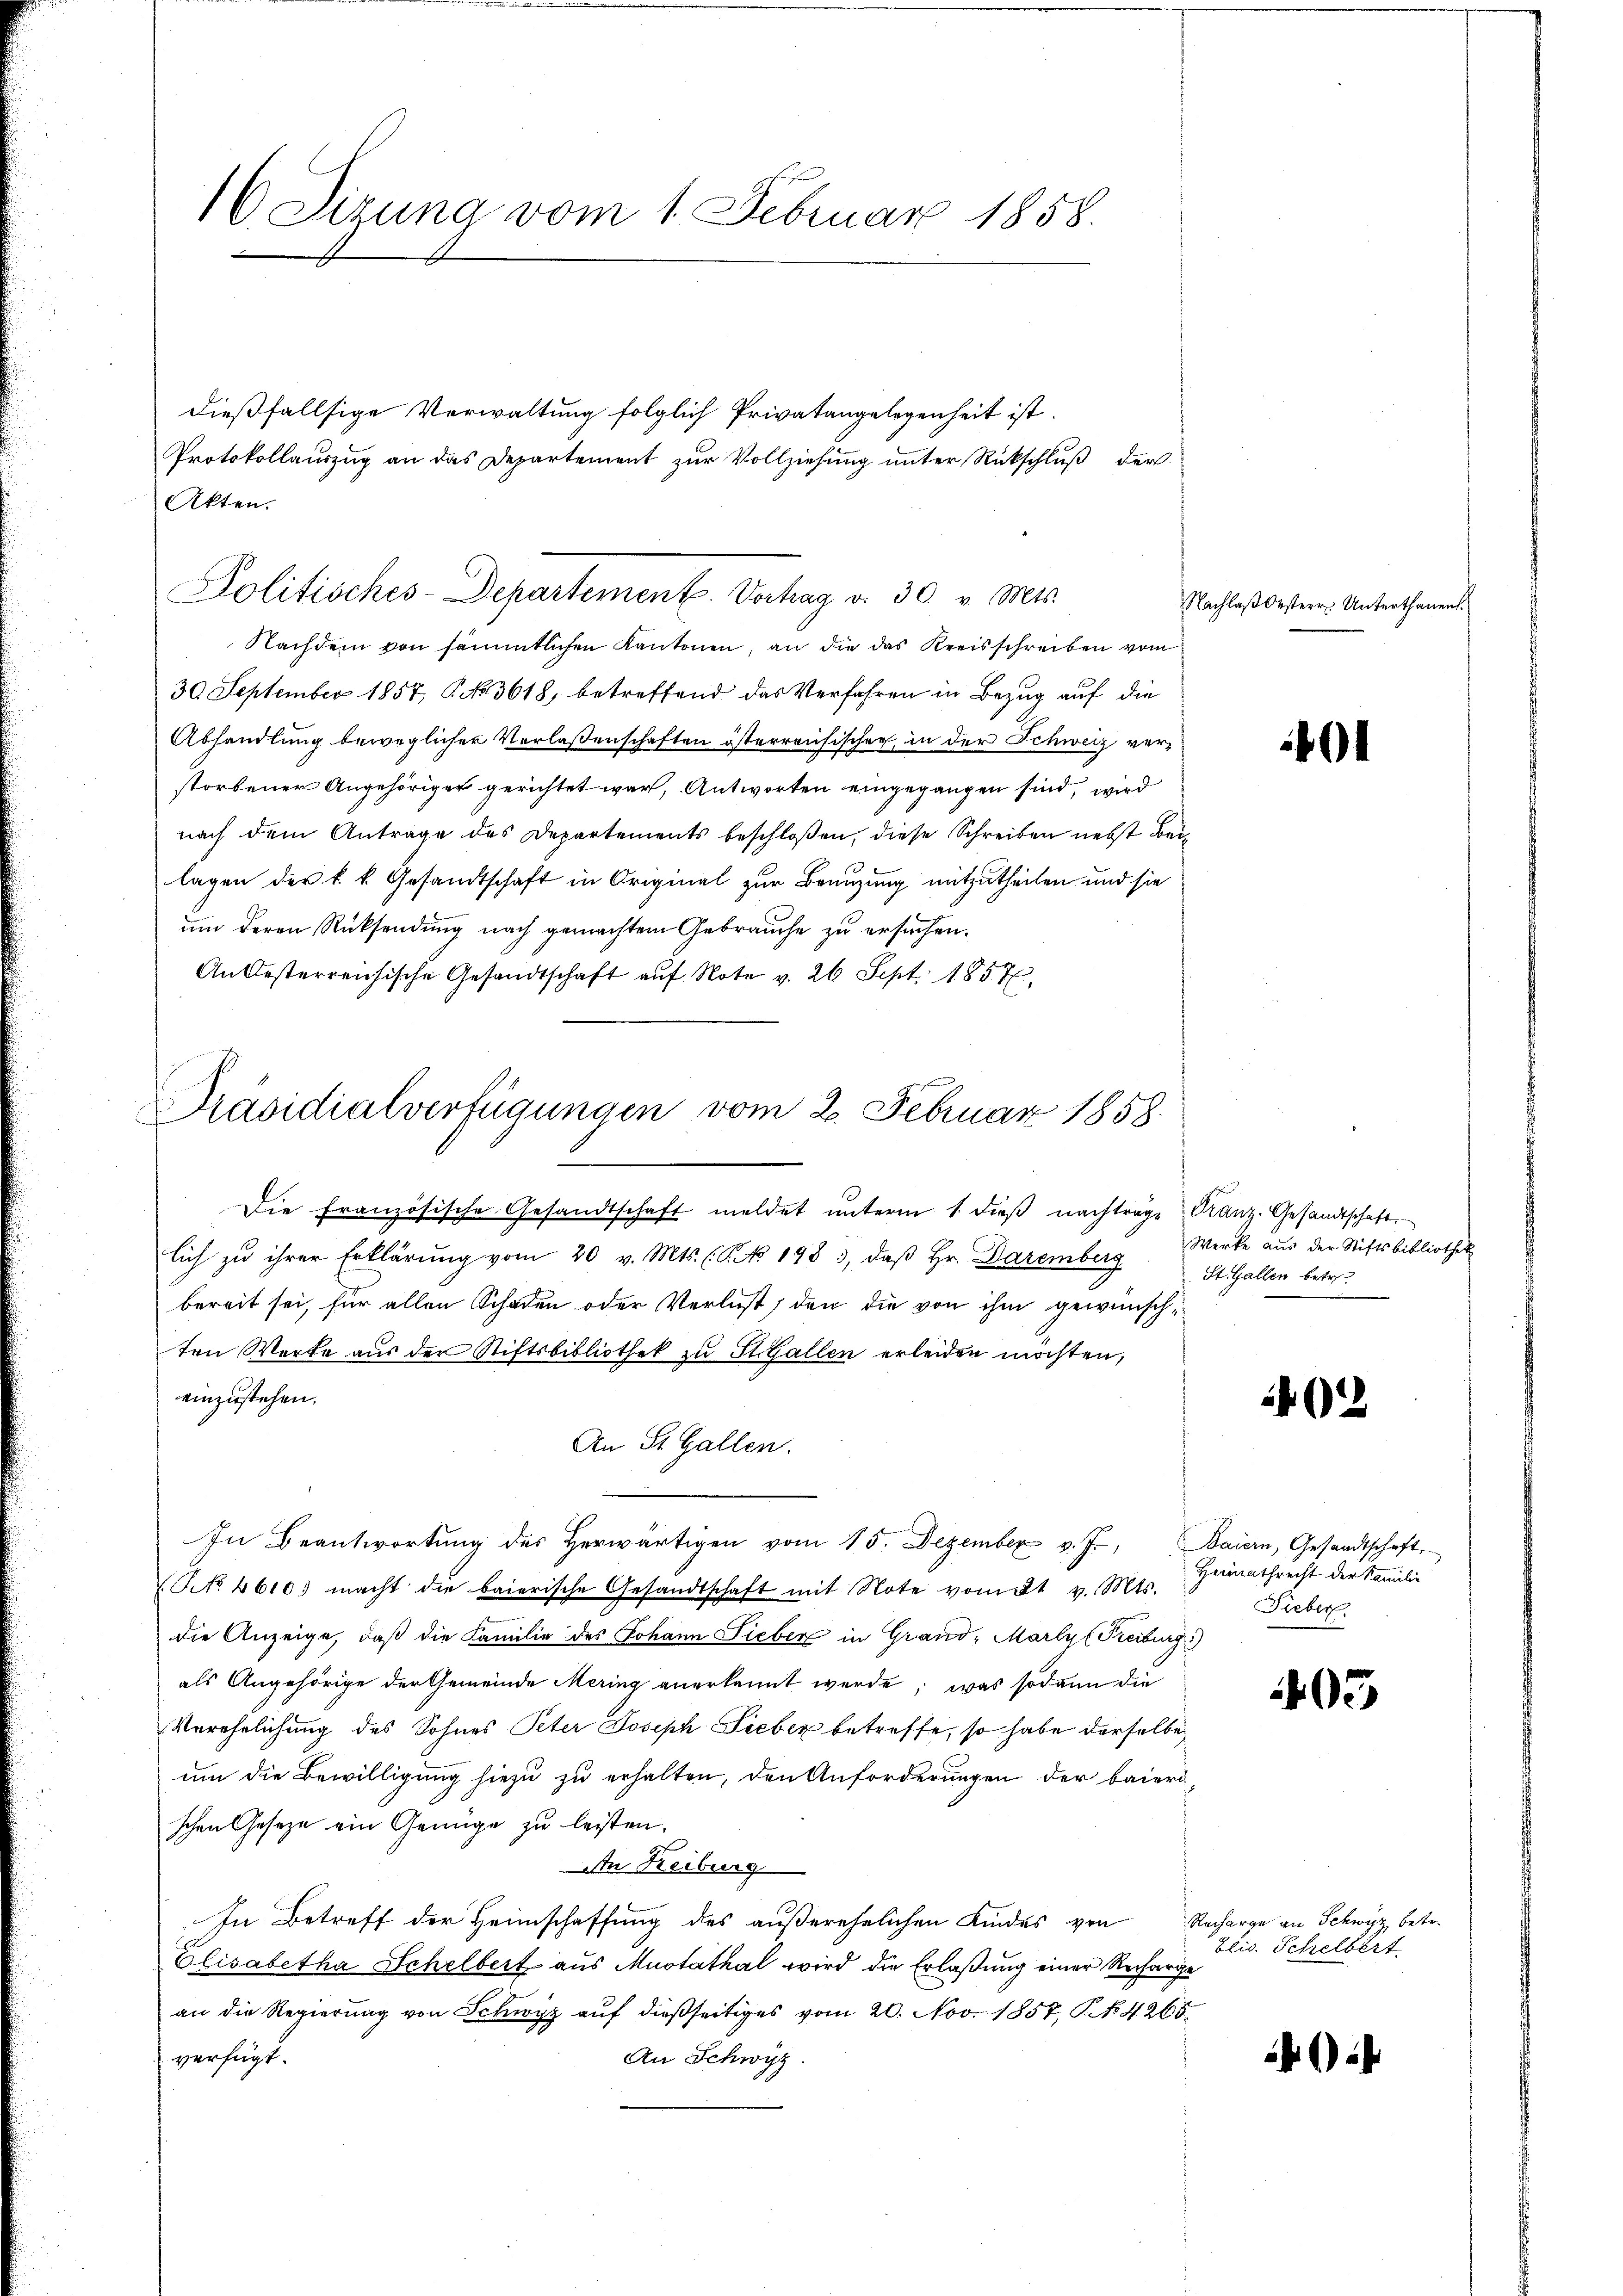
16 Sizung vom 1. Februar 1858.

Nachdem von sämmtlichen Kantonen, an die das Kreisschreiben vom
30 September 1857, No 3618, betreffend das Verfahren in Bezug auf die
Abhandlung beweglicher Verlassenschaften österreichischer, in der Schweiz verstorbener Angehöriger gerichtet war, Antworten eingegangen sind, wird
nach dem Antrage des Departements beschloßen, diese Schreiben nebst Beilagen der k. k. Gesandtschaft in Original zur Branzung mitzutheilen und sie
um deren Rücksendung nach gemachtem Gebrauche zu ersuchen.
An Oesterreichische Gesandtschaft aŭf Note v. 26 Sept. 1857

dießfallsige Verwaltung folglich Privatangelegenheit ist.
Protokollauszug an das Departement zur Vollziehung unter Rückschluß der
Akten.

Politisches-Departement. Vortrag v. 30. v. Mts.

Präsidialverfügungen vom 2. Februar 1858.

Die Französische Gesandtschaft meldet ŭnterm 1. dieβ nachträge Kranz. Gesandtschaft.
lich zu ihrer Erklärung vom 20 v. Mts. (C. No. 198, daβ hr. Daremberg
bereit sei, für allen Schaden oder Verlust, den die von ihm gewünsch-
ten Werke aus der Stiftsbibliothek zu St. Gallen erleiden möchten,
einzustehen.
An St. Gallen.
In Beantwortŭng des herwärtigen vom 15. Dezember v. J. Baiern, Gesandtschaft
NNo. 4610. macht die baierische Gesandtschaft mit Note vom 21. v. Mts.
die Anzeige, daß die Familie des Johann Sieber in Grand, Marty (Freiburg)
als Angehörige der Gemeinde Mering anerkannt werde; was sodann die
Verehelichung des Sohnes Peter Joseph Sieber betreffe, so habe derselbe
um die Bewilligung hiezu zu erhalten, den Anforderungen der baierischen Geseze ein Genüge zu leisten.
An Reiburg
In Betreff der Heimschaffung des außerehelichen Kindes von Recharge an Schwyz, betr.
Elisabetha Schelbert aus Mustathal wird die Erlaßung einer Recharge
an die Regierŭng von Schwyz aŭf dießseitiges vom 20. Nov. 1857, P. No 4265.
An Schwyz.
verfügt:

Nachlaß Oesterr. Unterthanen

401

Werke aus der Stiftsbibliothek
St. Gallen betre

022

Heimathrecht der Familie
Fieber

05

2

Elis. Schelbert